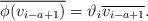
LaTeX: \begin{align*}\overline{\phi(v_{i-a+1})} = \vartheta_i \overline{v_{i-a+1}} .\end{align*}